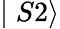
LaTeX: \mid S2\rangle